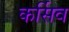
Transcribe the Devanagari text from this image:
कर्सिव